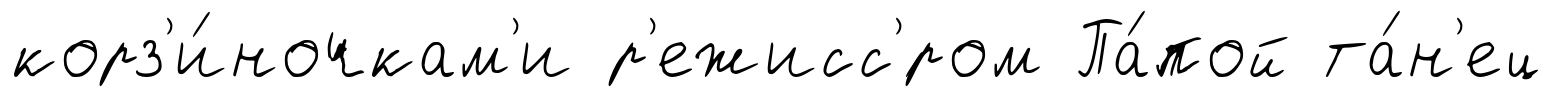
корз'и́ночкам'и р'ежисс'́ром Па́пой та́н'ец